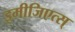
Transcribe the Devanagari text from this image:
इमीजिएत्स्